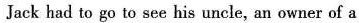
Jack had to go to see his uncle, an owner of a